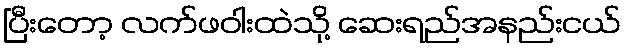
ပြီးတော့ လက်ဖဝါးထဲသို့ ဆေးရည်အနည်းငယ်